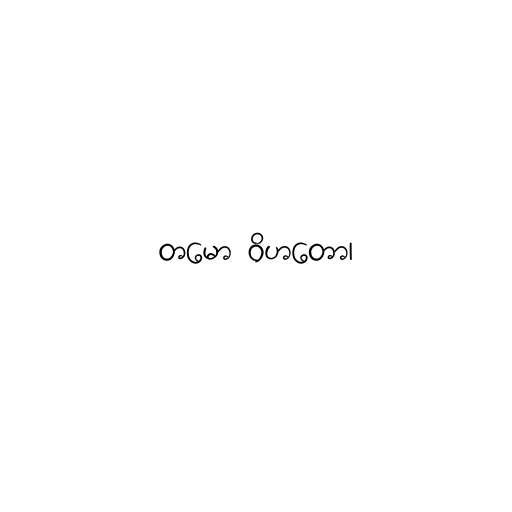
တမော ဝိဟတော၊